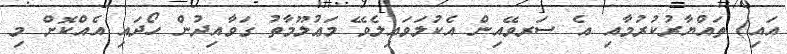
އައި) ތައްޔާރުކުރުމާއި އެ ސަރވޭއިން އެކުލަވައިލެވޭ މަޢުލޫމާތު ގަވާއިދުން ހޯދައި އެއްކޮށް މި